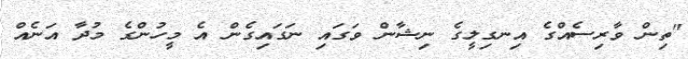
"ތިން ވާރިސެއްގެ އިނގިލީގެ ނިޝާން ވަގައި ނަގައިގެން އެ މީހުންގެ މުދާ އަނެއް